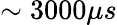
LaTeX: \sim 3000\mu s